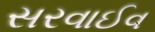
સરવાઈવ